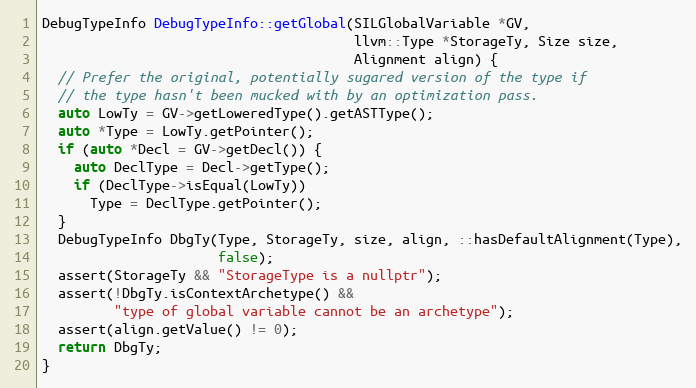
Language: C++
DebugTypeInfo DebugTypeInfo::getGlobal(SILGlobalVariable *GV,
                                       llvm::Type *StorageTy, Size size,
                                       Alignment align) {
  // Prefer the original, potentially sugared version of the type if
  // the type hasn't been mucked with by an optimization pass.
  auto LowTy = GV->getLoweredType().getASTType();
  auto *Type = LowTy.getPointer();
  if (auto *Decl = GV->getDecl()) {
    auto DeclType = Decl->getType();
    if (DeclType->isEqual(LowTy))
      Type = DeclType.getPointer();
  }
  DebugTypeInfo DbgTy(Type, StorageTy, size, align, ::hasDefaultAlignment(Type),
                      false);
  assert(StorageTy && "StorageType is a nullptr");
  assert(!DbgTy.isContextArchetype() &&
         "type of global variable cannot be an archetype");
  assert(align.getValue() != 0);
  return DbgTy;
}